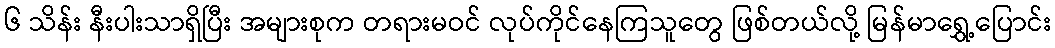
၆ သိန်း နီးပါးသာရှိပြီး အများစုက တရားမဝင် လုပ်ကိုင်နေကြသူတွေ ဖြစ်တယ်လို့ မြန်မာရွှေ့ပြောင်း